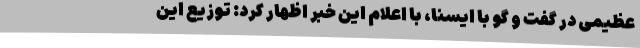
عظیمی در گفت و گو با ایسنا، با اعلام این خبر اظهار کرد: توزیع این